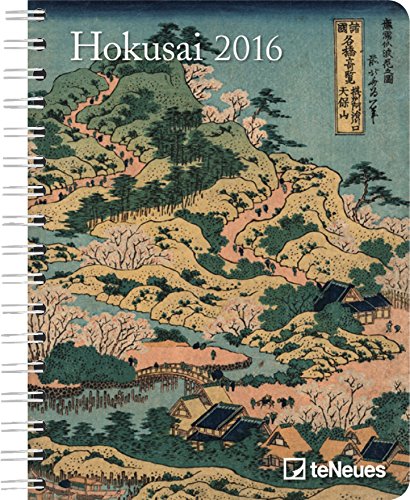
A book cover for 2016 Hokusai Deluxe Engagement Calendar; Calendars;